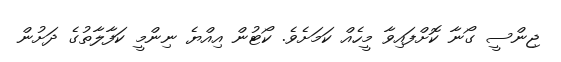
ޖިންސީ ގޯނާ ކޮށްފައިވާ މީހެއް ކަމަށެވެ. ކޯޓުން އިއްޔެ ނިންމީ ކަފާލާތުގެ ދަށުން